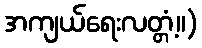
အကျယ်ရေးလတ္တံ့။)